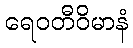
ရေဝတီဝိမာနံ